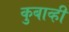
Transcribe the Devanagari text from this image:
कुबाव्ही